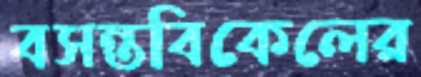
বসন্তবিকেলের